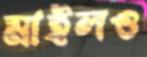
মাইলও